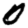
Digit: 0